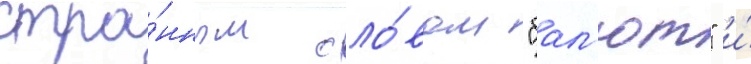
стра́нным сло́вом "бал'ют" и́